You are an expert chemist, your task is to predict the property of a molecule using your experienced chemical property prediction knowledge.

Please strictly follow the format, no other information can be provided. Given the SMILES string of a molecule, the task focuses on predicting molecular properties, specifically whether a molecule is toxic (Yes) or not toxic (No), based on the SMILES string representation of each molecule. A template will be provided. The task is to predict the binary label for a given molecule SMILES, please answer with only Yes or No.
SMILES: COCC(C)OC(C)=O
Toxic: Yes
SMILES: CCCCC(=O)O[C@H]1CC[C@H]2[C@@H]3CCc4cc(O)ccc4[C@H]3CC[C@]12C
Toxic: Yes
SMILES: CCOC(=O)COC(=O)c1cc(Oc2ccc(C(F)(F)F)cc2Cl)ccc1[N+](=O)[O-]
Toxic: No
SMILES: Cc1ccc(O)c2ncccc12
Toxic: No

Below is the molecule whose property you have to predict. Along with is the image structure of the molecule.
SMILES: CC1CCC(=O)C1=O
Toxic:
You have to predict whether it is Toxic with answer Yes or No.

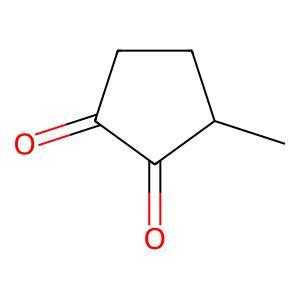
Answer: No